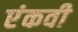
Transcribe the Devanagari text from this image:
एंकवी